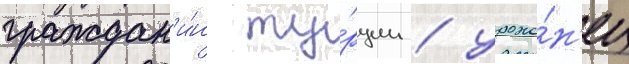
граждан'и́н ту́рции / уроже́н'ец